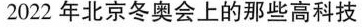
2022 年北京冬奥会上的那些高科技